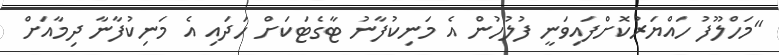
"މަހްލޫފު ހައްޔަރުކޮށްފައިވަނީ ފުލުހުން އެ މަނިކުފާނު ޓާގެޓަކަށް ހަދައި އެ މަނިކުފާނާ ދިމާއަށް